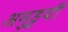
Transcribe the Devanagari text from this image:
अनुडुयी